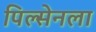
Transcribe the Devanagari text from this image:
पिल्सेनला